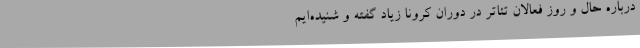
درباره حال و روز فعالان تئاتر در دوران کرونا زیاد گفته و شنیده‌ایم